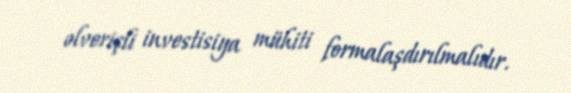
əlverişli investisiya mühiti formalaşdırılmalıdır.